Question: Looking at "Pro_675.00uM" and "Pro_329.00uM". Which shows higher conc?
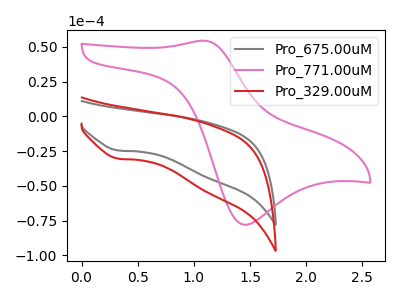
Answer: <think>The gray curve "Pro_675.00uM" has a cathodic peak at: (0.35V, -24.60uA). The pink curve "Pro_771.00uM" has an anodic peak at (1.10V, 54.35uA) and a cathodic peak at (1.45V, -78.05uA). The red curve "Pro_329.00uM" has a cathodic peak at: (0.35V, -30.45uA).
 All the peaks in "Pro_675.00uM" have a peak in "Pro_329.00uM" at the same potential. Every peak in "Pro_675.00uM" is lower than every peak in "Pro_329.00uM".</think>
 <answer>"Pro_675.00uM" has less signal than "Pro_329.00uM" and so likely has a lower concentration.</answer>
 <eval>less_concentration</eval>